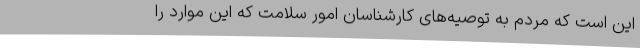
این است که مردم به توصیه‌های کارشناسان امور سلامت که این موارد را